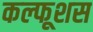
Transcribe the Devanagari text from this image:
कल्फूशस